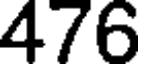
476